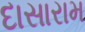
દાસારામ